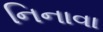
નિનાવા